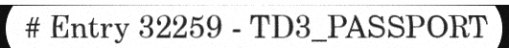
# Entry 32259 - TD3_PASSPORT